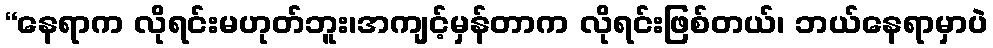
“နေရာက လိုရင်းမဟုတ်ဘူး၊အကျင့်မှန်တာက လိုရင်းဖြစ်တယ်၊ ဘယ်နေရာမှာပဲ